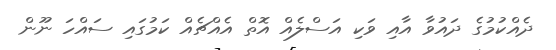
ދެއްކުމުގެ ދައުވާ އާއި ވަކި އަސްލެއް އޮތް އެއްޗެއް ކަމުގައި ސައްހަ ނޫން